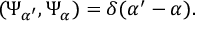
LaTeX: \left( \Psi _ { \alpha ^ { \prime } } , \Psi _ { \alpha } \right) = \delta ( \alpha ^ { \prime } - \alpha ) .